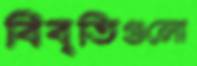
বিবৃতিগুলো